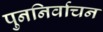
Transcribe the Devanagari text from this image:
पुननिर्वाचन